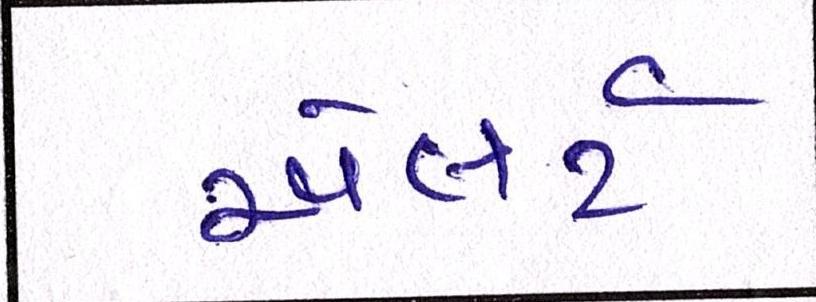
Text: એલર્ટ